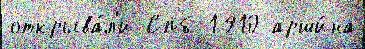
открыва́л'и Спб 1910 арши́на